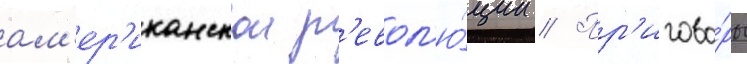
ам'ер'иканскои р'евол'ю́ции // Пр'игово́ры